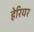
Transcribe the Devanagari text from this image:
हेरियर